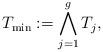
LaTeX: \begin{align*}T_{\min} := \bigwedge_{j=1}^g T_j,\end{align*}